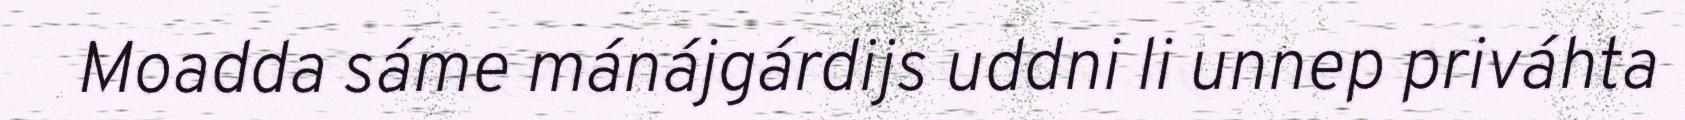
Moadda sáme mánájgárdijs uddni li unnep priváhta